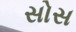
સોસ